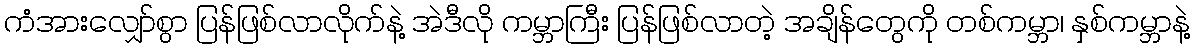
ကံအားလျှော်စွာ ပြန်ဖြစ်လာလိုက်နဲ့ အဲဒီလို ကမ္ဘာကြီး ပြန်ဖြစ်လာတဲ့ အချိန်တွေကို တစ်ကမ္ဘာ၊ နှစ်ကမ္ဘာနဲ့